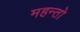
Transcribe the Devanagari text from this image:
महन्तो